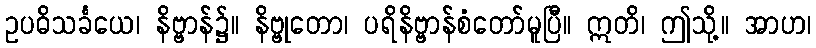
ဥပဓိသင်္ခယေ၊ နိဗ္ဗာန်၌။ နိဗ္ဗုတော၊ ပရိနိဗ္ဗာန်စံတော်မူပြီ။ ဣတိ၊ ဤသို့။ အာဟ၊